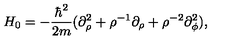
H _ { 0 } = - \frac { \hbar ^ { 2 } } { 2 m } ( \partial _ { \rho } ^ { 2 } + \rho ^ { - 1 } \partial _ { \rho } + \rho ^ { - 2 } \partial _ { \phi } ^ { 2 } ) ,